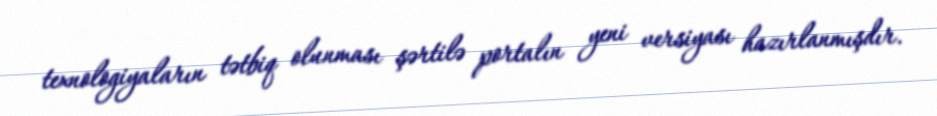
texnologiyaların tətbiq olunması şərtilə portalın yeni versiyası hazırlanmışdır.